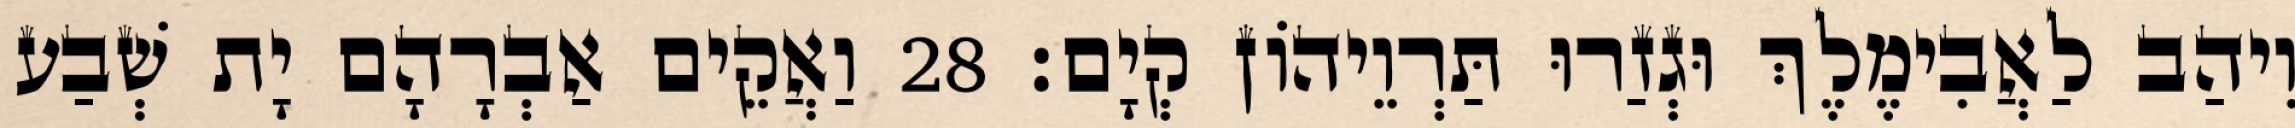
וִיהַב לַאֲבִימֶלֶךְ וּגְזַרוּ תַּרְוֵיהוֹן קְיָם׃ 28 וַאֲקֵים אַבְרָהָם יָת שְׁבַע